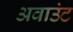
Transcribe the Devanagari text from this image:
अवाउंट